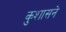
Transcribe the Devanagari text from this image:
कुशासने